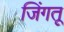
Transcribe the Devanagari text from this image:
जिंगतू